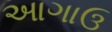
આગાઉ